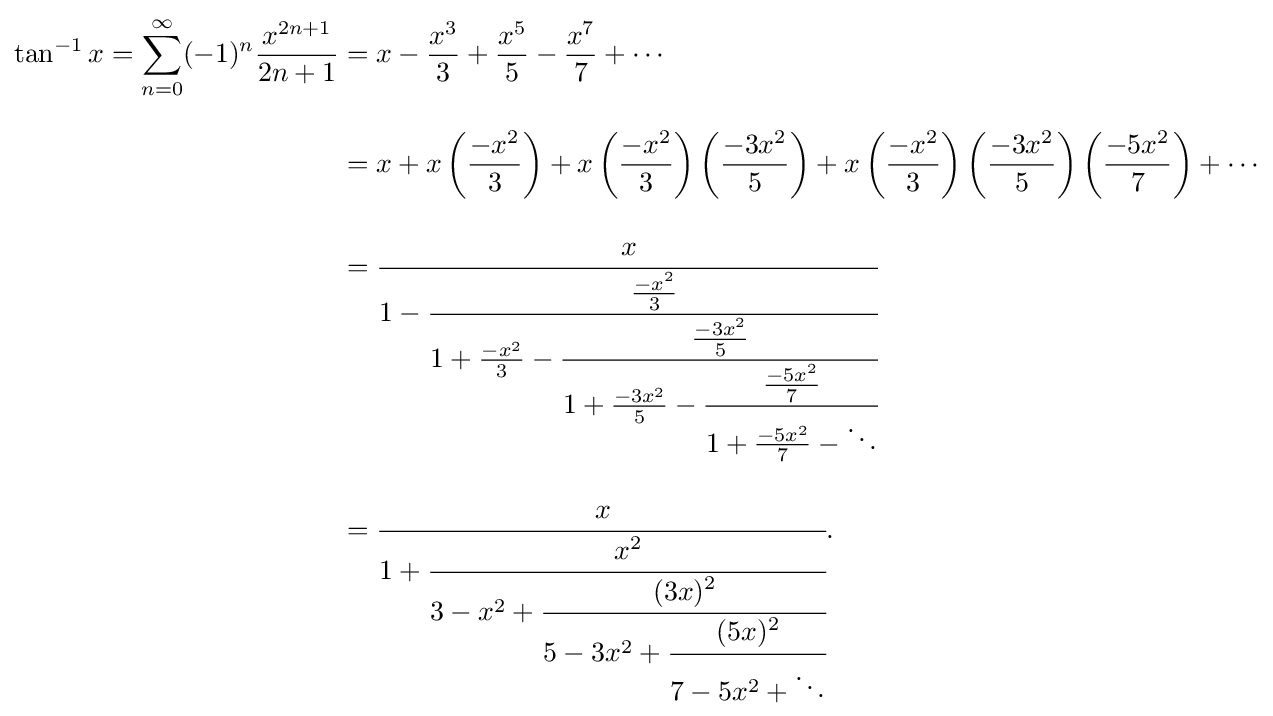
{\begin{aligned}\tan ^{-1}x=\sum _{n=0}^{\infty }(-1)^{n}{\frac {x^{2n+1}}{2n+1}}&=x-{\frac {x^{3}}{3}}+{\frac {x^{5}}{5}}-{\frac {x^{7}}{7}}+\cdots \\[8pt]&=x+x\left({\frac {-x^{2}}{3}}\right)+x\left({\frac {-x^{2}}{3}}\right)\left({\frac {-3x^{2}}{5}}\right)+x\left({\frac {-x^{2}}{3}}\right)\left({\frac {-3x^{2}}{5}}\right)\left({\frac {-5x^{2}}{7}}\right)+\cdots \\[8pt]&={\cfrac {x}{1-{\cfrac {\frac {-x^{2}}{3}}{1+{\frac {-x^{2}}{3}}-{\cfrac {\frac {-3x^{2}}{5}}{1+{\frac {-3x^{2}}{5}}-{\cfrac {\frac {-5x^{2}}{7}}{1+{\frac {-5x^{2}}{7}}-\ddots }}}}}}}}\\[8pt]&={\cfrac {x}{1+{\cfrac {x^{2}}{3-x^{2}+{\cfrac {(3x)^{2}}{5-3x^{2}+{\cfrac {(5x)^{2}}{7-5x^{2}+\ddots }}}}}}}}.\end{aligned}}